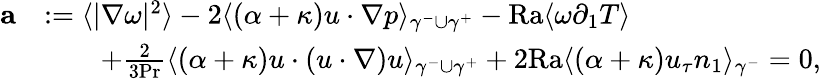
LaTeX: \begin{array}{rl}{\mathbf{a}}&{:=\langle|\nabla\omega|^{2}\rangle-2\langle(\alpha+\kappa)u\cdot\nabla p\rangle_{\gamma^{-}\cup\gamma^{+}}-\mathrm{{Ra}}\langle\omega\partial_{1}T\rangle}\\ &{\qquad+\frac{2}{3\mathrm{Pr}}\langle(\alpha+\kappa)u\cdot(u\cdot\nabla)u\rangle_{\gamma^{-}\cup\gamma^{+}}+2\mathrm{{Ra}}\langle(\alpha+\kappa)u_{\tau}n_{1}\rangle_{\gamma^{-}}=0,}\end{array}